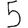
Digit: 5